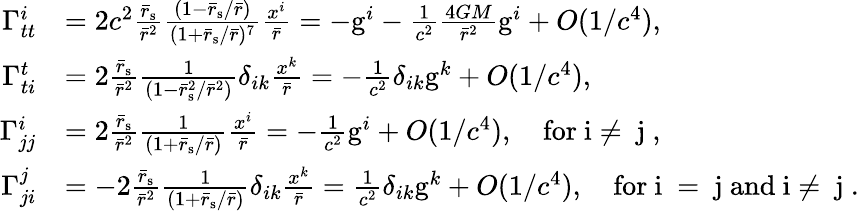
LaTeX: \begin{array}{rl}{\Gamma_{tt}^{i}}&{=2c^{2}\frac{\bar{r}_{\mathrm{s}}}{\bar{r}^{2}}\frac{(1-\bar{r}_{\mathrm{s}}/\bar{r})}{(1+\bar{r}_{\mathrm{s}}/\bar{r})^{7}}\frac{x^{i}}{\bar{r}}=-\mathrm{g}^{i}-\frac{1}{c^{2}}\frac{4GM}{\bar{r}^{2}}\mathrm{g}^{i}+O(1/c^{4}),}\\ {\Gamma_{ti}^{t}}&{=2\frac{\bar{r}_{\mathrm{s}}}{\bar{r}^{2}}\frac{1}{\left(1-\bar{r}_{\mathrm{s}}^{2}/\bar{r}^{2}\right)}\delta_{ik}\frac{x^{k}}{\bar{r}}=-\frac{1}{c^{2}}\delta_{ik}\mathrm{g}^{k}+O(1/c^{4}),}\\ {\Gamma_{jj}^{i}}&{=2\frac{\bar{r}_{\mathrm{s}}}{\bar{r}^{2}}\frac{1}{\left(1+\bar{r}_{\mathrm{s}}/\bar{r}\right)}\frac{x^{i}}{\bar{r}}=-\frac{1}{c^{2}}\mathrm{g}^{i}+O(1/c^{4}),\quad\mathrm{for~i\neq~j~},}\\ {\Gamma_{ji}^{j}}&{=-2\frac{\bar{r}_{\mathrm{s}}}{\bar{r}^{2}}\frac{1}{\left(1+\bar{r}_{\mathrm{s}}/\bar{r}\right)}\delta_{ik}\frac{x^{k}}{\bar{r}}=\frac{1}{c^{2}}\delta_{ik}\mathrm{g}^{k}+O(1/c^{4}),\quad\mathrm{for~i~=~j~and~i\ne~j~}.}\end{array}